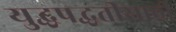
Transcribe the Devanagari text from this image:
युद्धपद्धतीसाठी